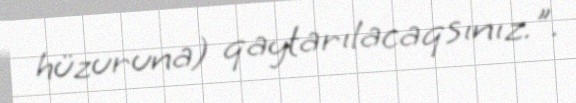
hüzuruna) qaytarılacaqsınız.".